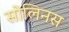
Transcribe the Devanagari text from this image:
सोलिनस